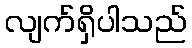
လျက်ရှိပါသည်